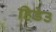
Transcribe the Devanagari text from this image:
हिडेउ